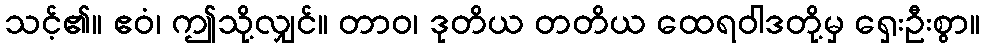
သင့်၏။ ဧဝံ၊ ဤသို့လျှင်။ တာဝ၊ ဒုတိယ တတိယ ထေရဝါဒတို့မှ ရှေးဦးစွာ။